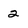
Character: 2